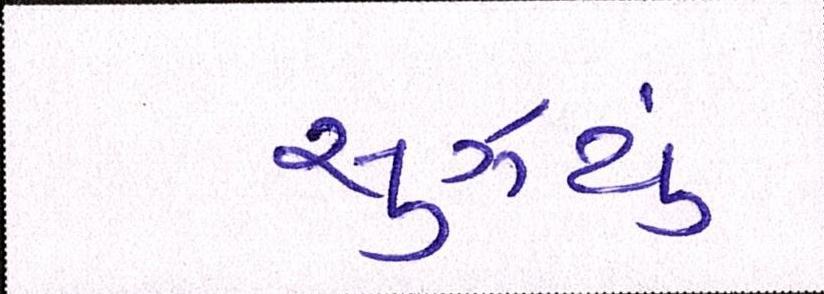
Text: સુઝયું